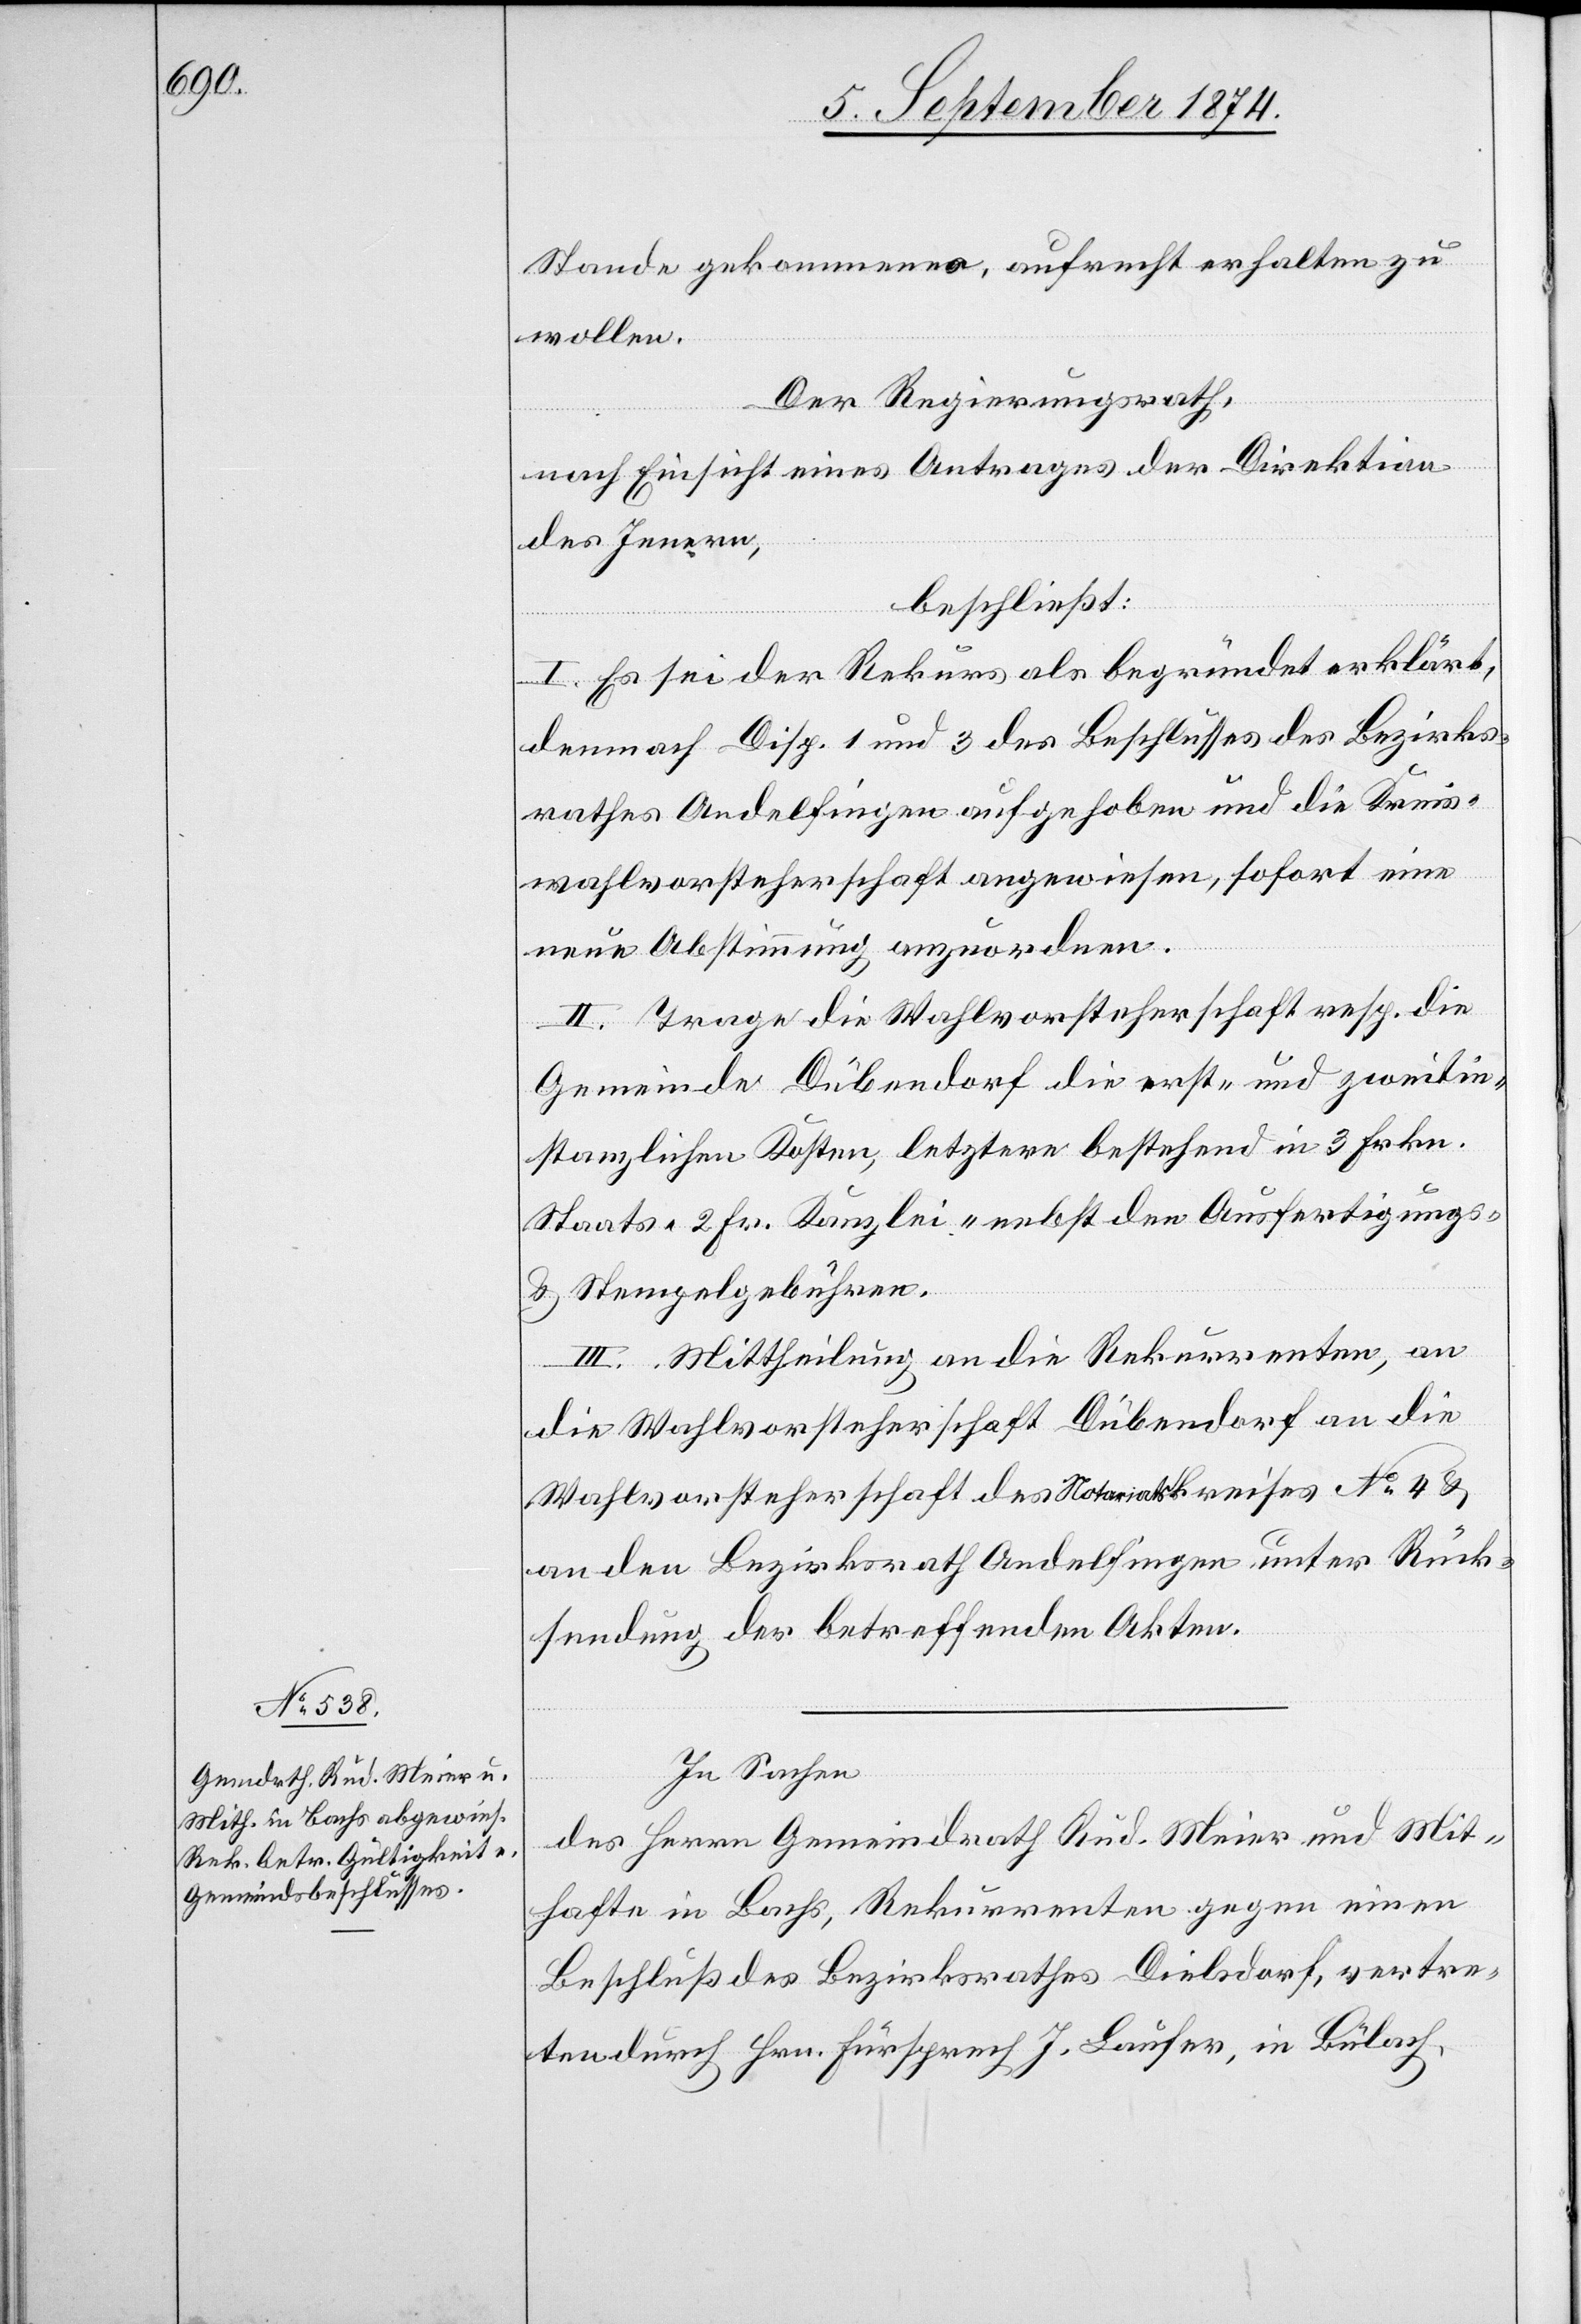
Stande gekommen, aufrecht erhalten zu
wollen.
Der Regierungsrath,
nach Einsicht eines Antrages der Direktion
des Innern,
beschließt:
I. Es sei der Rekurs als begründet erklärt,
demnach Disp. 1 und 3 des Beschlusses des Bezirks¬
rathes Andelfingen aufgehoben und die Kreis¬
wahlvorsteherschaft angewiesen, sofort eine
neue Abstimmung anzuordnen.
II. Trage die Wahlvorsteherschaft resp. die
Gemeinde Dübendorf die erst- und zweitin¬
stanzlichen Kosten, letztere bestehend in 3 Frkn.
Staats- [,] 2 Fr. Kanzlei- nebst den Ausfertigungs
u. Stempelgebühren.
III. Mittheilung an die Rekurrenten, an
die Wahlvorsteherschaft Dübendorf[,] an die
Wahlvorsteherschaft des Notariatskreises No 4 u.
an den Bezirksrath Andelfingen unter Rück¬
sendung der betreffenden Akten.
In Sachen
des Herrn Gemeindrath Rud. Meier und Mit¬
hafte in Bachs, Rekurrenten gegen einen
Beschluß des Bezirksrathes Dielsdorf, vertre¬
ten durch Hrn. Fürsprech J. Laufer, in Bülach,